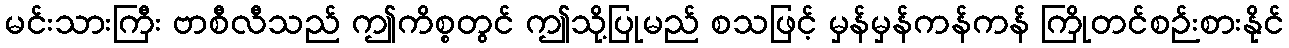
မင်းသားကြီး ဗာစီလီသည် ဤကိစ္စတွင် ဤသို့ပြုမည် စသဖြင့် မှန်မှန်ကန်ကန် ကြိုတင်စဉ်းစားနိုင်